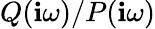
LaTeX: Q(\mathbf{i}\omega)/P(\mathbf{i}\omega)